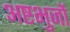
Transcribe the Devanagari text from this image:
अष्टभुजों